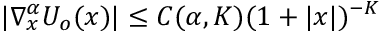
| \nabla _ { x } ^ { \alpha } U _ { o } ( x ) | \le C ( \alpha , K ) ( 1 + | x | ) ^ { - K }